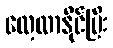
လေ့လာနိုင်ပြီး